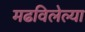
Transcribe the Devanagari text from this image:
मढविलेल्या